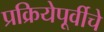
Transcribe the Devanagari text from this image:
प्रक्रियेपूर्वीचे